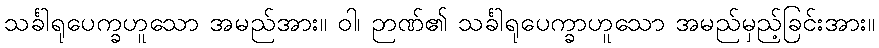
သင်္ခါရုပေက္ခဟူသော အမည်အား။ ဝါ၊ ဉာဏ်၏ သင်္ခါရုပေက္ခာဟူသော အမည်မှည့်ခြင်းအား။